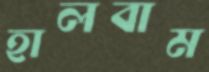
হালবাম